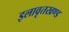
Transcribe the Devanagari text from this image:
इलावृतखण्ड